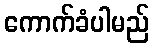
ကောက်ခံပါမည်